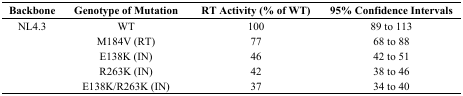
| Backbone | Genotype of Mutation | RT Activity (% of WT) | 95% Confidence Intervals |
 | --- | --- | --- | --- |
 | NL4.3 | WT | 100 | 89 to 113 |
 |  | M184V (RT) | 77 | 68 to 88 |
 |  | E138K (IN) | 46 | 42 to 51 |
 |  | R263K (IN) | 42 | 38 to 46 |
 |  | E138K/R263K (IN) | 37 | 34 to 40 |